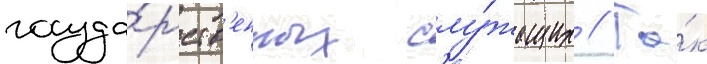
госуда́рств'енных слу́жащих // Та́к